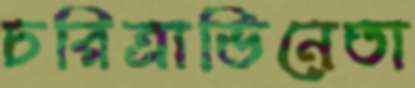
চরিত্রাভিনেতা